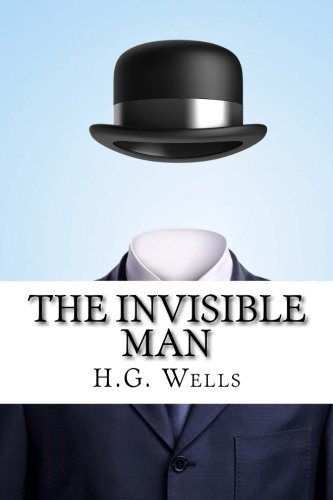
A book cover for The Invisible Man; H.G. Wells; Teen & Young Adult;